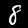
Digit: 8